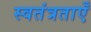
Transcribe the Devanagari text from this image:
स्वतंत्रताएँ